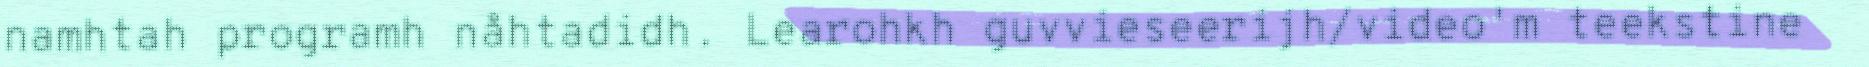
namhtah programh nåhtadidh. Learohkh guvvieseerijh/video'm teekstine